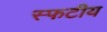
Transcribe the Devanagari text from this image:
स्फटीय